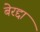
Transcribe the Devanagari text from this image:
बेरद्दा